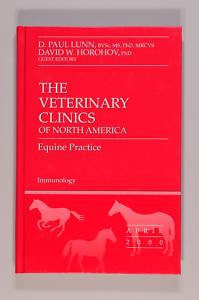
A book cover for Immunology (The Veterinary Clinics of North America: Equine Practice, Volume 16, Number 1); Medical Books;